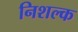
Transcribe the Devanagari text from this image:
निशल्क